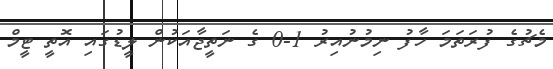
މެޗުގެ ފުރަތަމަ ހާފު ނިމުނުއިރު 1-0 ގެ ނަތީޖާއަކުން ލީޑުގައި އޮތީ ޓީމް